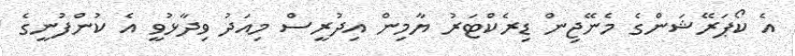
އެ ކޯޕަރޭޝަންގެ މެނޭޖިން ޑިރެކްޓަރު ޔާމިން އިދުރީސް މިއަދު ވިދާޅުވީ އެ ކުންފުނީގެ